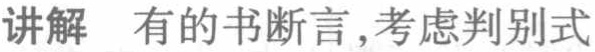
讲解 有的书断言,考虑判别式